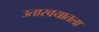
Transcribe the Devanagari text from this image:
उतारवयातला